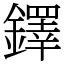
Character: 鐸